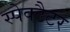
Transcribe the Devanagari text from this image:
स्पेक्टैटर